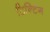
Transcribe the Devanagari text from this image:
टिन्टिंग